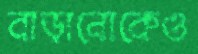
বাড়ানোকেও